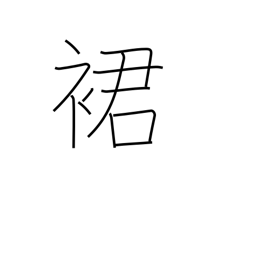
Meaning: hem